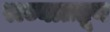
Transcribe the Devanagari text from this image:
राज्याततून